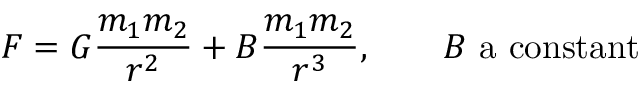
F = G { \frac { m _ { 1 } m _ { 2 } } { r ^ { 2 } } } + B { \frac { m _ { 1 } m _ { 2 } } { r ^ { 3 } } } , \qquad B { \mathrm { ~ a ~ c o n s t a n t } }